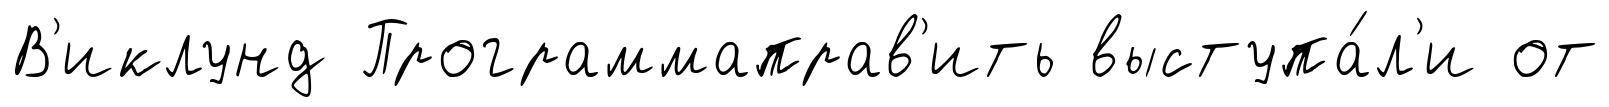
В'иклунд Программаправ'ить выступа́л'и от